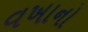
વખાનો